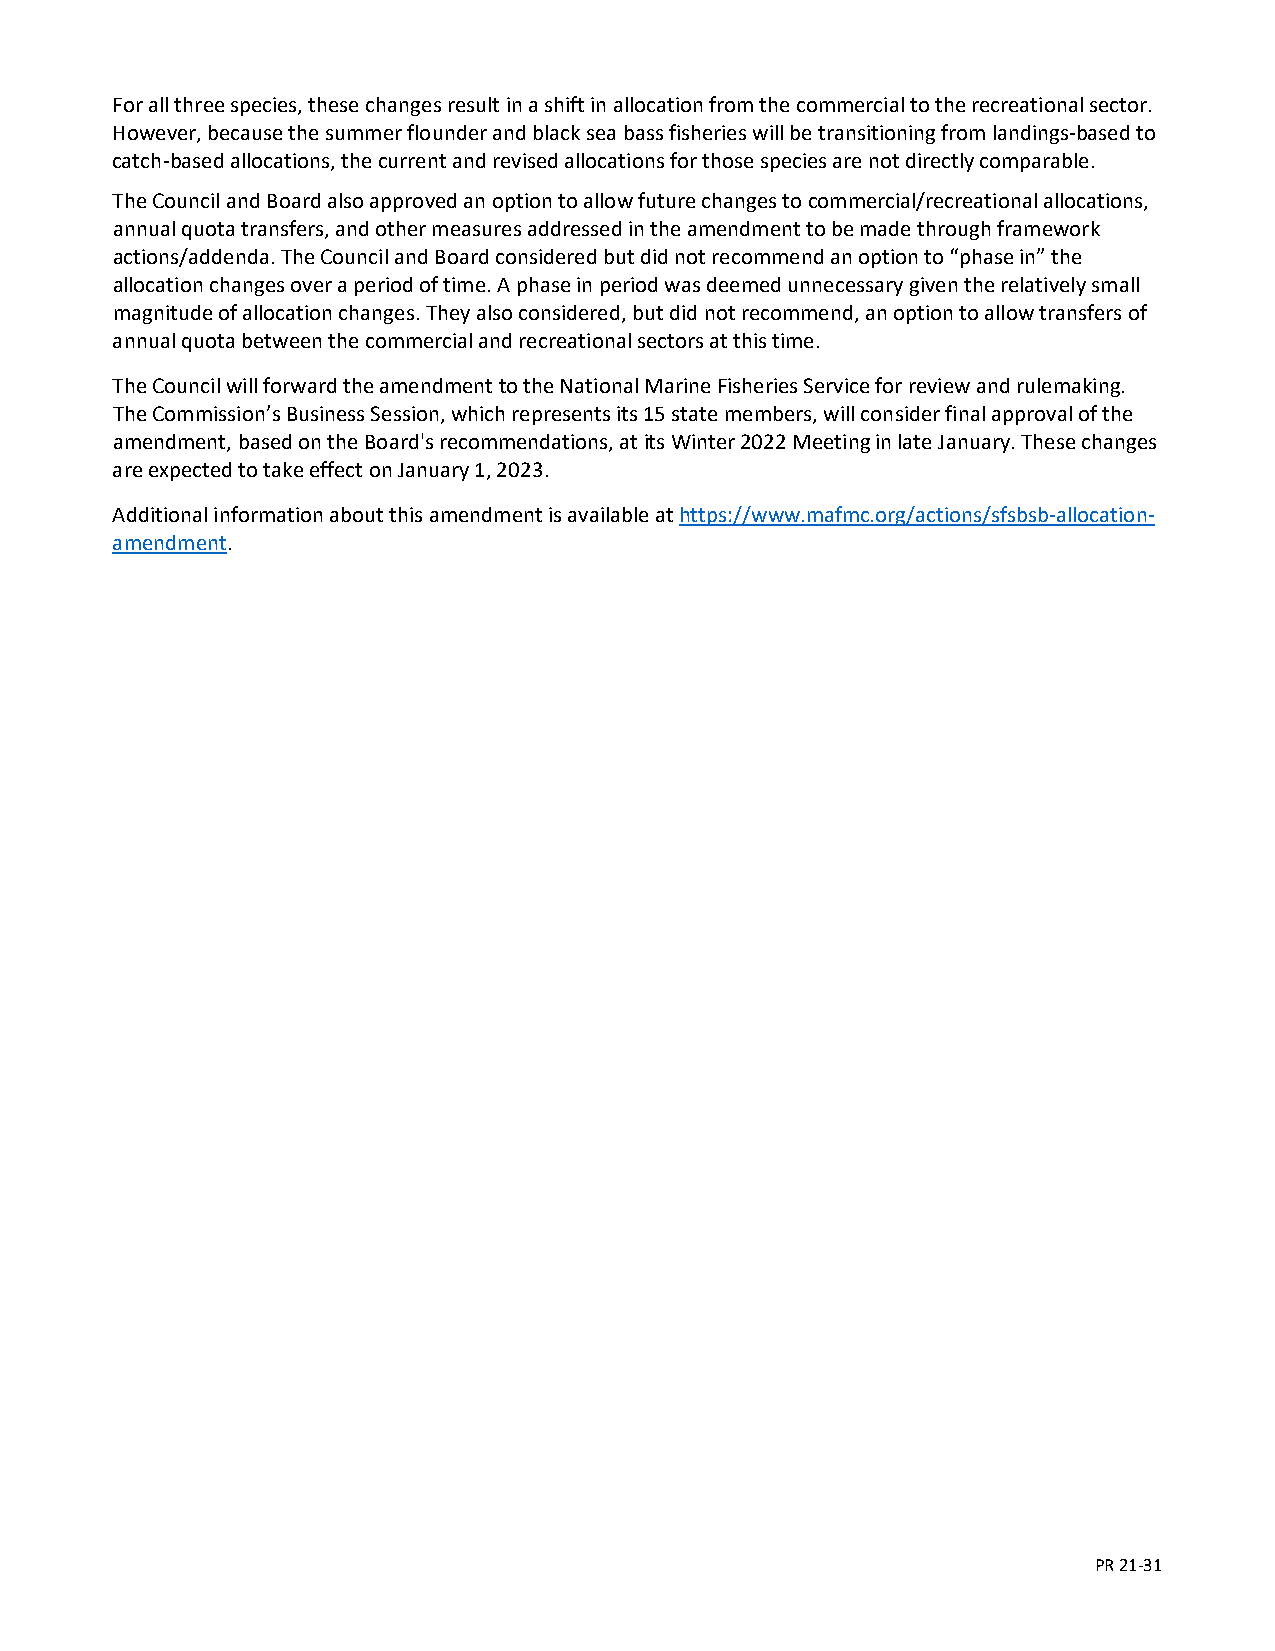
For all three species, these changes result in a shift in allocation from the commercial to the recreational sector.
 However, because the summer flounder and black sea bass fisheries will be transitioning from landings-based to
 catch-based allocations, the current and revised allocations for those species are not directly comparable.
 The Council and Board also approved an option to allow future changes to commercial/recreational allocations,
 annual quota transfers, and other measures addressed in the amendment to be made through framework
 actions/addenda. The Council and Board considered but did not recommend an option to “phase in” the
 allocation changes over a period of time. A phase in period was deemed unnecessary given the relatively small
 magnitude of allocation changes. They also considered, but did not recommend, an option to allow transfers of
 annual quota between the commercial and recreational sectors at this time.
 The Council will forward the amendment to the National Marine Fisheries Service for review and rulemaking.
 The Commission’s Business Session, which represents its 15 state members, will consider final approval of the
 amendment, based on the Board's recommendations, at its Winter 2022 Meeting in late January. These changes
 are expected to take effect on January 1, 2023.
 Additional information about this amendment is available at https://www.mafmc.org/actions/sfsbsb-allocation-
 amendment.
 PR 21-31